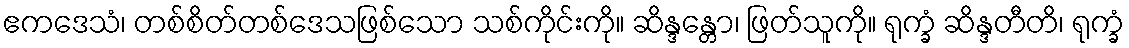
ဧကဒေသံ၊ တစ်စိတ်တစ်ဒေသဖြစ်သော သစ်ကိုင်းကို။ ဆိန္ဒန္တော၊ ဖြတ်သူကို။ ရုက္ခံ ဆိန္ဒတီတိ၊ ရုက္ခံ